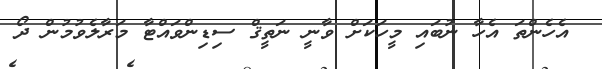
އެހެންތަ އެހާ ނުބައި މީހަކަށް ވާނީ ނަތީޤް ސިޑިންވައްޓާ މަރާލެވުމުން ދޯ